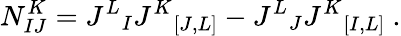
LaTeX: N_{IJ}^{K}=J^{L}{}_{I}J^{K}{}_{[J,L]}-J^{L}{}_{J}J^{K}{}_{[I,L]}\ .